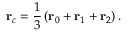
\mathbf { r } _ { c } = \frac { 1 } { 3 } \left( \mathbf { r } _ { 0 } + \mathbf { r } _ { 1 } + \mathbf { r } _ { 2 } \right) .